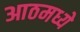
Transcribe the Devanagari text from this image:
आठमध्ये